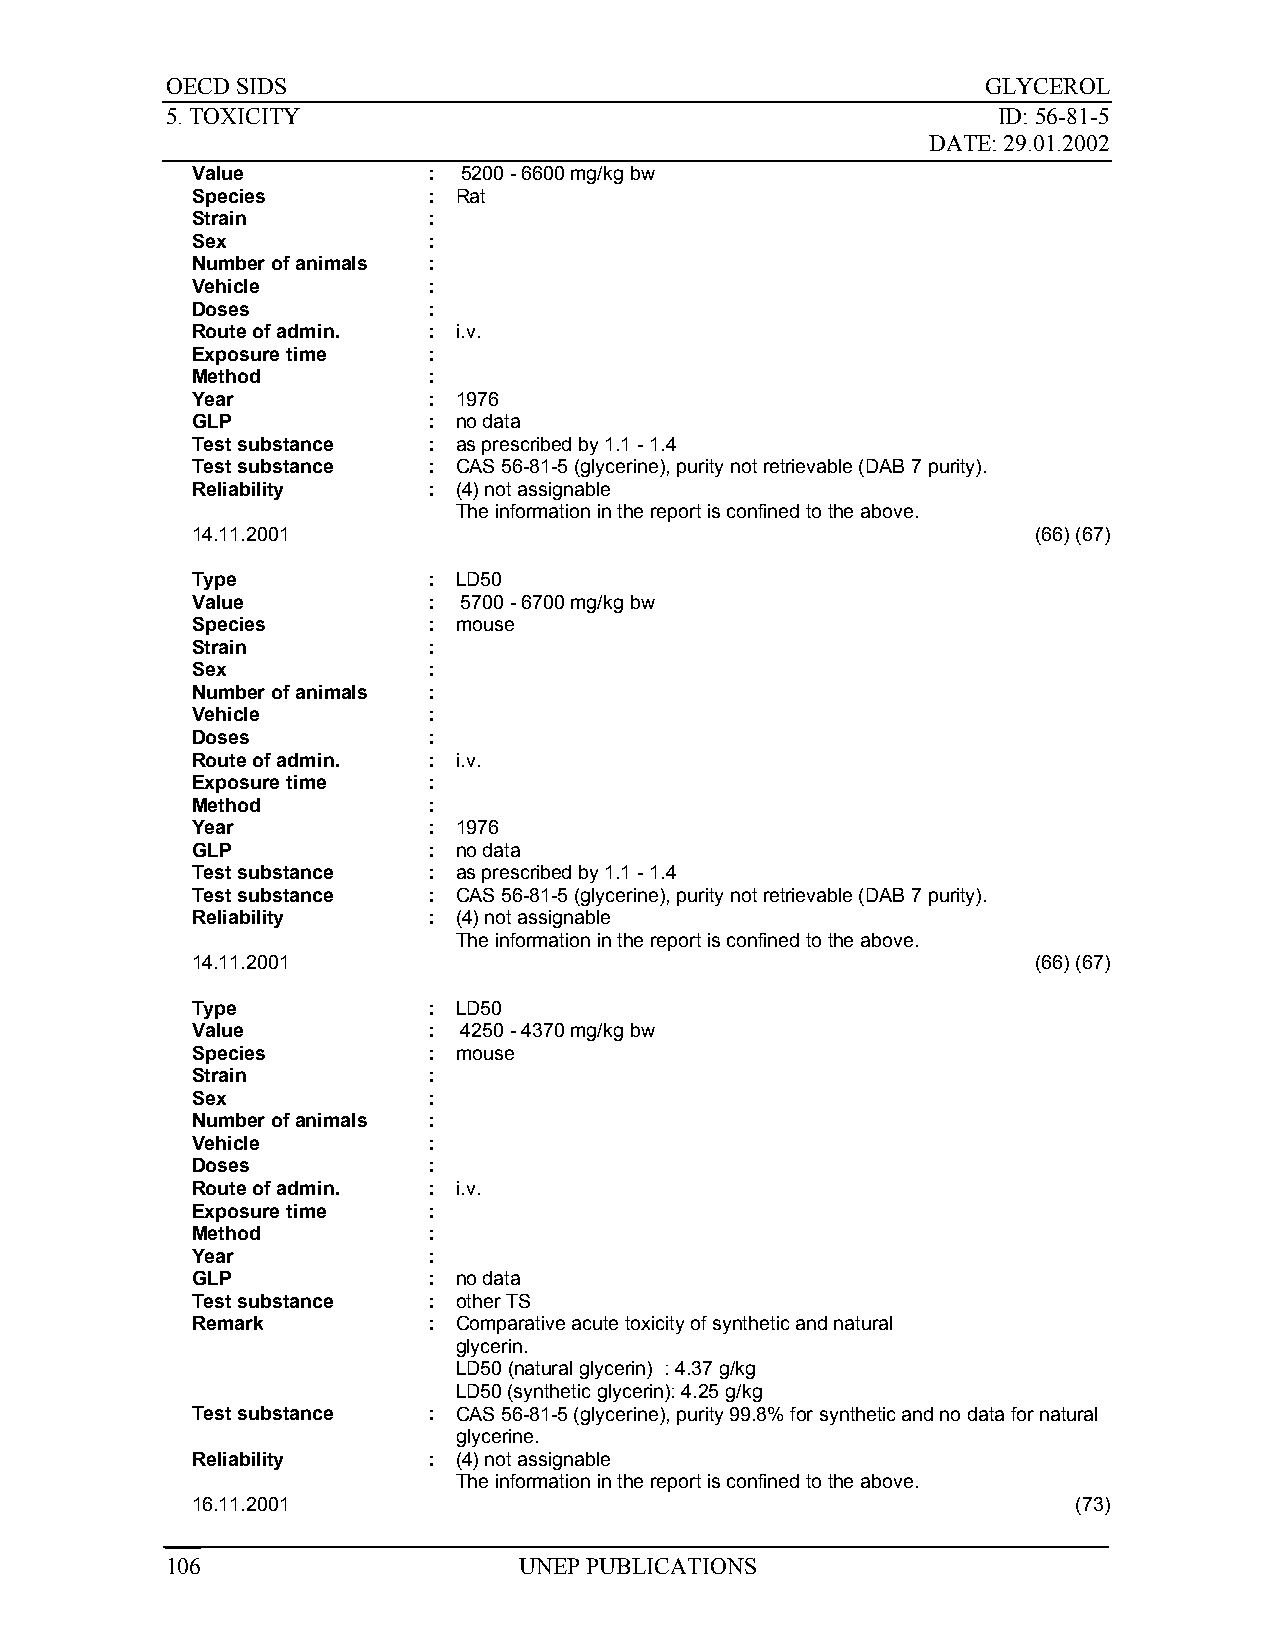
OECD SIDS                                             GLYCEROL
 5. TOXICITY                                            ID: 56-81-5
 DATE: 29.01.2002
 Value          :  5200 - 6600 mg/kg bw
 Species        : Rat
 Strain         :
 Sex            :
 Number of animals :
 Vehicle        :
 Doses          :
 Route of admin. : i.v.
 Exposure time  :
 Method         :
 Year           : 1976
 GLP            : no data
 Test substance : as prescribed by 1.1 - 1.4
 Test substance : CAS 56-81-5 (glycerine), purity not retrievable (DAB 7 purity).
 Reliability    : (4) not assignable
 The information in the report is confined to the above.
 14.11.2001                                              (66) (67)
 Type           : LD50
 Value          :  5700 - 6700 mg/kg bw
 Species        : mouse
 Strain         :
 Sex            :
 Number of animals :
 Vehicle        :
 Doses          :
 Route of admin. : i.v.
 Exposure time  :
 Method         :
 Year           : 1976
 GLP            : no data
 Test substance : as prescribed by 1.1 - 1.4
 Test substance : CAS 56-81-5 (glycerine), purity not retrievable (DAB 7 purity).
 Reliability    : (4) not assignable
 The information in the report is confined to the above.
 14.11.2001                                              (66) (67)
 Type           : LD50
 Value          :  4250 - 4370 mg/kg bw
 Species        : mouse
 Strain         :
 Sex            :
 Number of animals :
 Vehicle        :
 Doses          :
 Route of admin. : i.v.
 Exposure time  :
 Method         :
 Year           :
 GLP            : no data
 Test substance : other TS
 Remark         : Comparative acute toxicity of synthetic and natural
 glycerin.
 LD50 (natural glycerin) : 4.37 g/kg
 LD50 (synthetic glycerin): 4.25 g/kg
 Test substance : CAS 56-81-5 (glycerine), purity 99.8% for synthetic and no data for natural
 glycerine.
 Reliability    : (4) not assignable
 The information in the report is confined to the above.
 16.11.2001                                                (73)
 106                    UNEP PUBLICATIONS